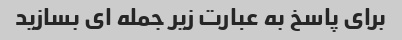
برای پاسخ به عبارت زیر جمله ای بسازید